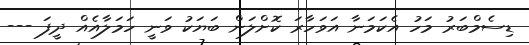
ޑިސެމްބަރު މަހު އެކަމަނާ އަވަހާރަ ކޮށްލަން ބަޔަކު ވަނީ ހަމަލާއެއް ދީފަ ---